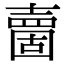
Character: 夁